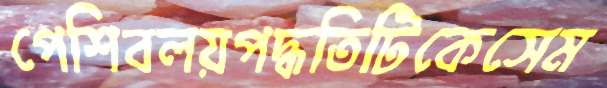
পেশিবলয়পদ্ধতিটিকেসেম